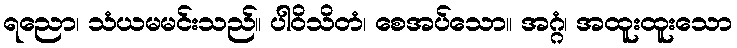
ရညော၊ သံယမမင်းသည်။ ပါဝိသိတံ၊ စေအပ်သော။ အဂ္ဂံ၊ အထူးထူးသော